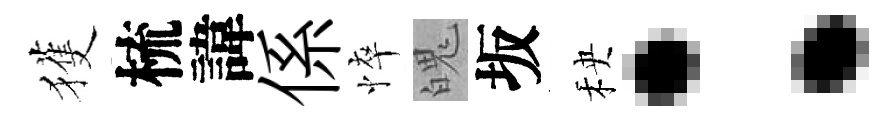
獲梳諱係悴魄坂秧：